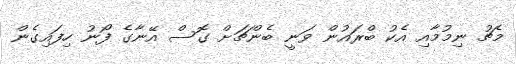
މެޗު ނިމުމާއި އެކު ބްރައުން ވަނީ ބެންޗަށް ގޮސް އޭނާގެ ފޯނު ހިފައިގެން